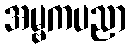
အမ္ဗကပညာ